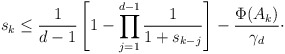
\begin{align*}s_k \leq \frac{1}{d - 1}\left[1 - \prod_{j = 1}^{d - 1}\frac{1}{1 + s_{k - j}}\right] - \frac{\Phi(A_k)}{\gamma_d}\cdot\end{align*}